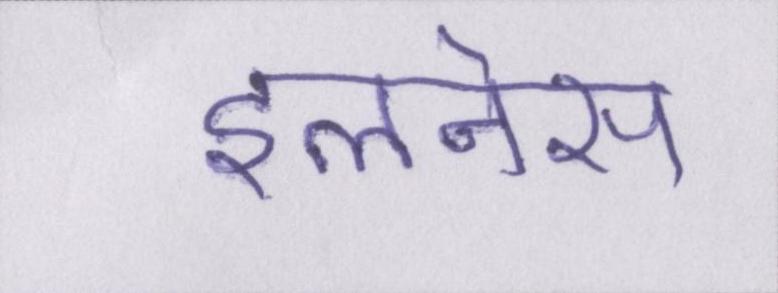
इलनेस